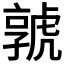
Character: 𡦨